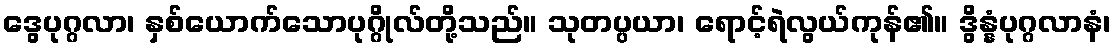
ဒွေပုဂ္ဂလာ၊ နှစ်ယောက်သောပုဂ္ဂိုလ်တို့သည်။ သုတပ္ပယာ၊ ရောင့်ရဲလွယ်ကုန်၏။ ဒွိန္နံပုဂ္ဂလာနံ၊